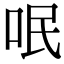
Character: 呡